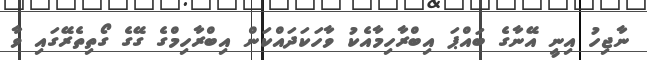
ނާޖިހު އިނީ އޭނާގެ ބައްޕަ އިބްރާހިމާއެކު ވާހަކަދައްކަން އިބްރާހިމްގެ ގޭގެ ގޯތިތެރޭގައި ވާ